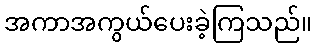
အကာအကွယ်ပေးခဲ့ကြသည်။